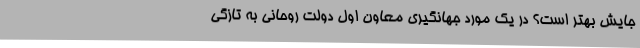
جایش بهتر است؟ در یک مورد جهانگیری معاون اول دولت روحانی به تازگي